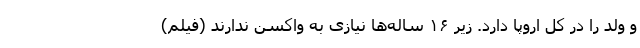
و ولد را در کل اروپا دارد. زیر ۱۶ ساله‌ها نیازی به واکسن ندارند (فیلم)